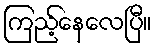
ကြည့်နေလေပြီ။